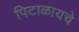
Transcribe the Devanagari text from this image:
पिटाळायचे